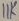
Text: 11K